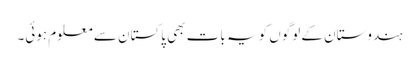
ہندوستان کے لوگوں کو یہ بات بھی پاکستان سے معلوم ہوئی۔